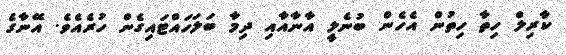
ކާރިލް ހިތާ ހިތުން އެހެން ބުނެލީ އާނާއާއި ދިމާ ބަލަހައްޓައިގެން ހުރެއެވެ. އޭނާގެ